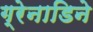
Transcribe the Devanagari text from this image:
ग्रेनाडिने